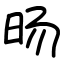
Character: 旸